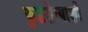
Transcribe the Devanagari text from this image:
कुष्ठरोग्याशी